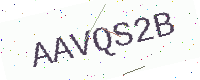
Text: AAVQS2B